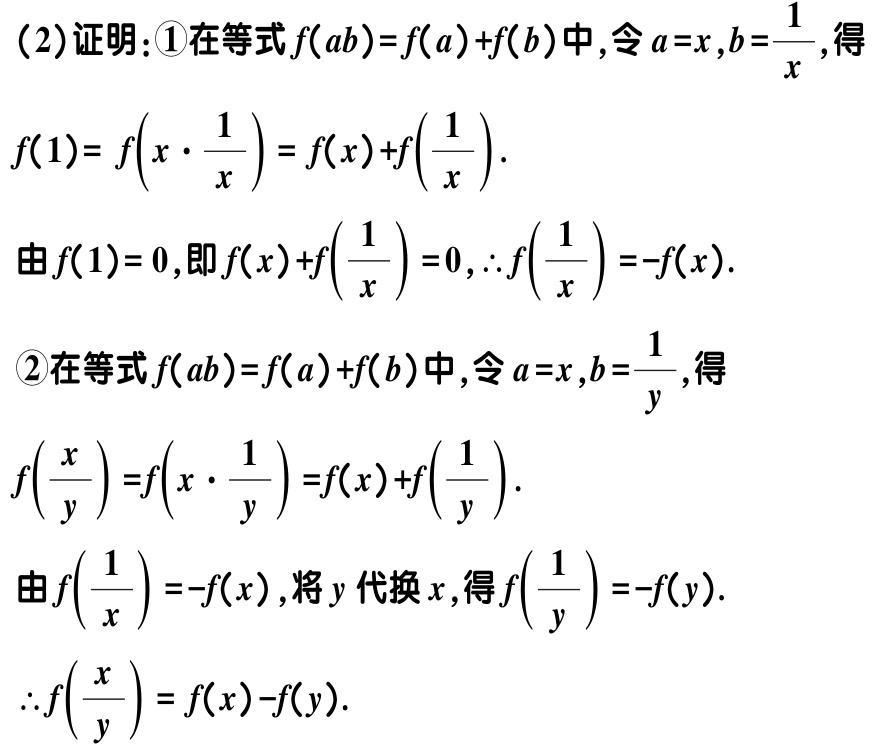
（2）证明：\textcircled{1}在等式\(f(ab)=f(a)+f(b)\)中，令\(a = x\)，\(b=\frac{1}{x}\)，得
\[
f(1)=f\left(x\cdot\frac{1}{x}\right)=f(x)+f\left(\frac{1}{x}\right).
\]
由\(f(1)=0\)，即\(f(x)+f\left(\frac{1}{x}\right)=0\)，\(\therefore f\left(\frac{1}{x}\right)=-f(x)\).

\textcircled{2}在等式\(f(ab)=f(a)+f(b)\)中，令\(a = x\)，\(b=\frac{1}{y}\)，得
\[
f\left(\frac{x}{y}\right)=f\left(x\cdot\frac{1}{y}\right)=f(x)+f\left(\frac{1}{y}\right).
\]
由\(f\left(\frac{1}{x}\right)=-f(x)\)，将\(y\)代换\(x\)，得\(f\left(\frac{1}{y}\right)=-f(y)\).
\(\therefore f\left(\frac{x}{y}\right)=f(x)-f(y)\).